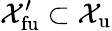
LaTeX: \mathcal X_{\mathrm{fu}}^{\prime}\subset\mathcal X_{\mathrm{u}}